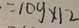
= 1 0 y \times 1 2